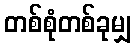
တစ်စုံတစ်ခုမျှ